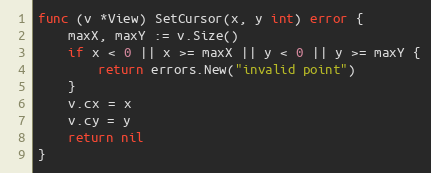
Language: Go
func (v *View) SetCursor(x, y int) error {
	maxX, maxY := v.Size()
	if x < 0 || x >= maxX || y < 0 || y >= maxY {
		return errors.New("invalid point")
	}
	v.cx = x
	v.cy = y
	return nil
}